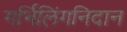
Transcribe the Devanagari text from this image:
गर्भिलिंगनिदान